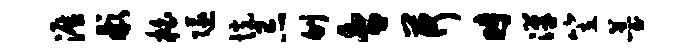
涯彬柏隧恍忌刎舍荷时汉笠薹